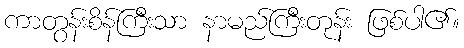
ကာတွန်းစိန်ကြီးသာ နာမည်ကြီးတုန်း ဖြစ်ပါ၏။